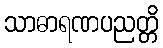
သာဓာရဏပညတ္တိ